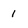
Character: 1